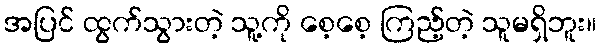
အပြင် ထွက်သွားတဲ့ သူ့ကို စေ့စေ့ ကြည့်တဲ့ သူမရှိဘူး။